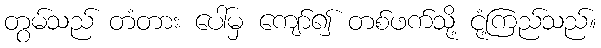
တွမ်သည် တံတား ပေါ်မှ ကျော်၍ တစ်ဖက်သို့ ငုံ့ကြည်သည်။